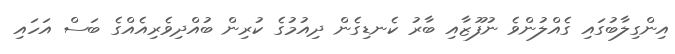
އިންގިލާބުގައި ގެއްލުންވެ ނުފޫޒާއި ބާރު ކެނޑިގެން ދިއުމުގެ ކުރިން ބުއްދިވެރިއެއްގެ ބަސް އަހައި